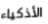
الأذكياء